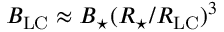
B _ { \mathrm { L C } } \approx B _ { \star } ( R _ { \star } / R _ { \mathrm { L C } } ) ^ { 3 }